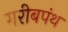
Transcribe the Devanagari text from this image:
गरीबपंथ